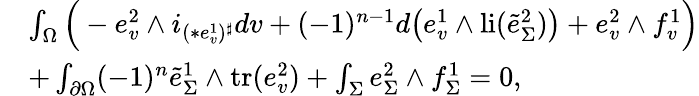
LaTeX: \begin{array}{rl}&{\int_{\Omega}\Big(-e_{v}^{2}\wedge i_{(\ast e_{v}^{1})^{\sharp}}dv+(-1)^{n-1}d\big(e_{v}^{1}\wedge\mathrm{li}(\tilde{e}_{\Sigma}^{2})\big)+e_{v}^{2}\wedge f_{v}^{1}\Big)}\\ &{+\int_{\partial\Omega}(-1)^{n}\tilde{e}_{\Sigma}^{1}\wedge\mathrm{tr}(e_{v}^{2})+\int_{\Sigma}e_{\Sigma}^{2}\wedge f_{\Sigma}^{1}=0,}\end{array}